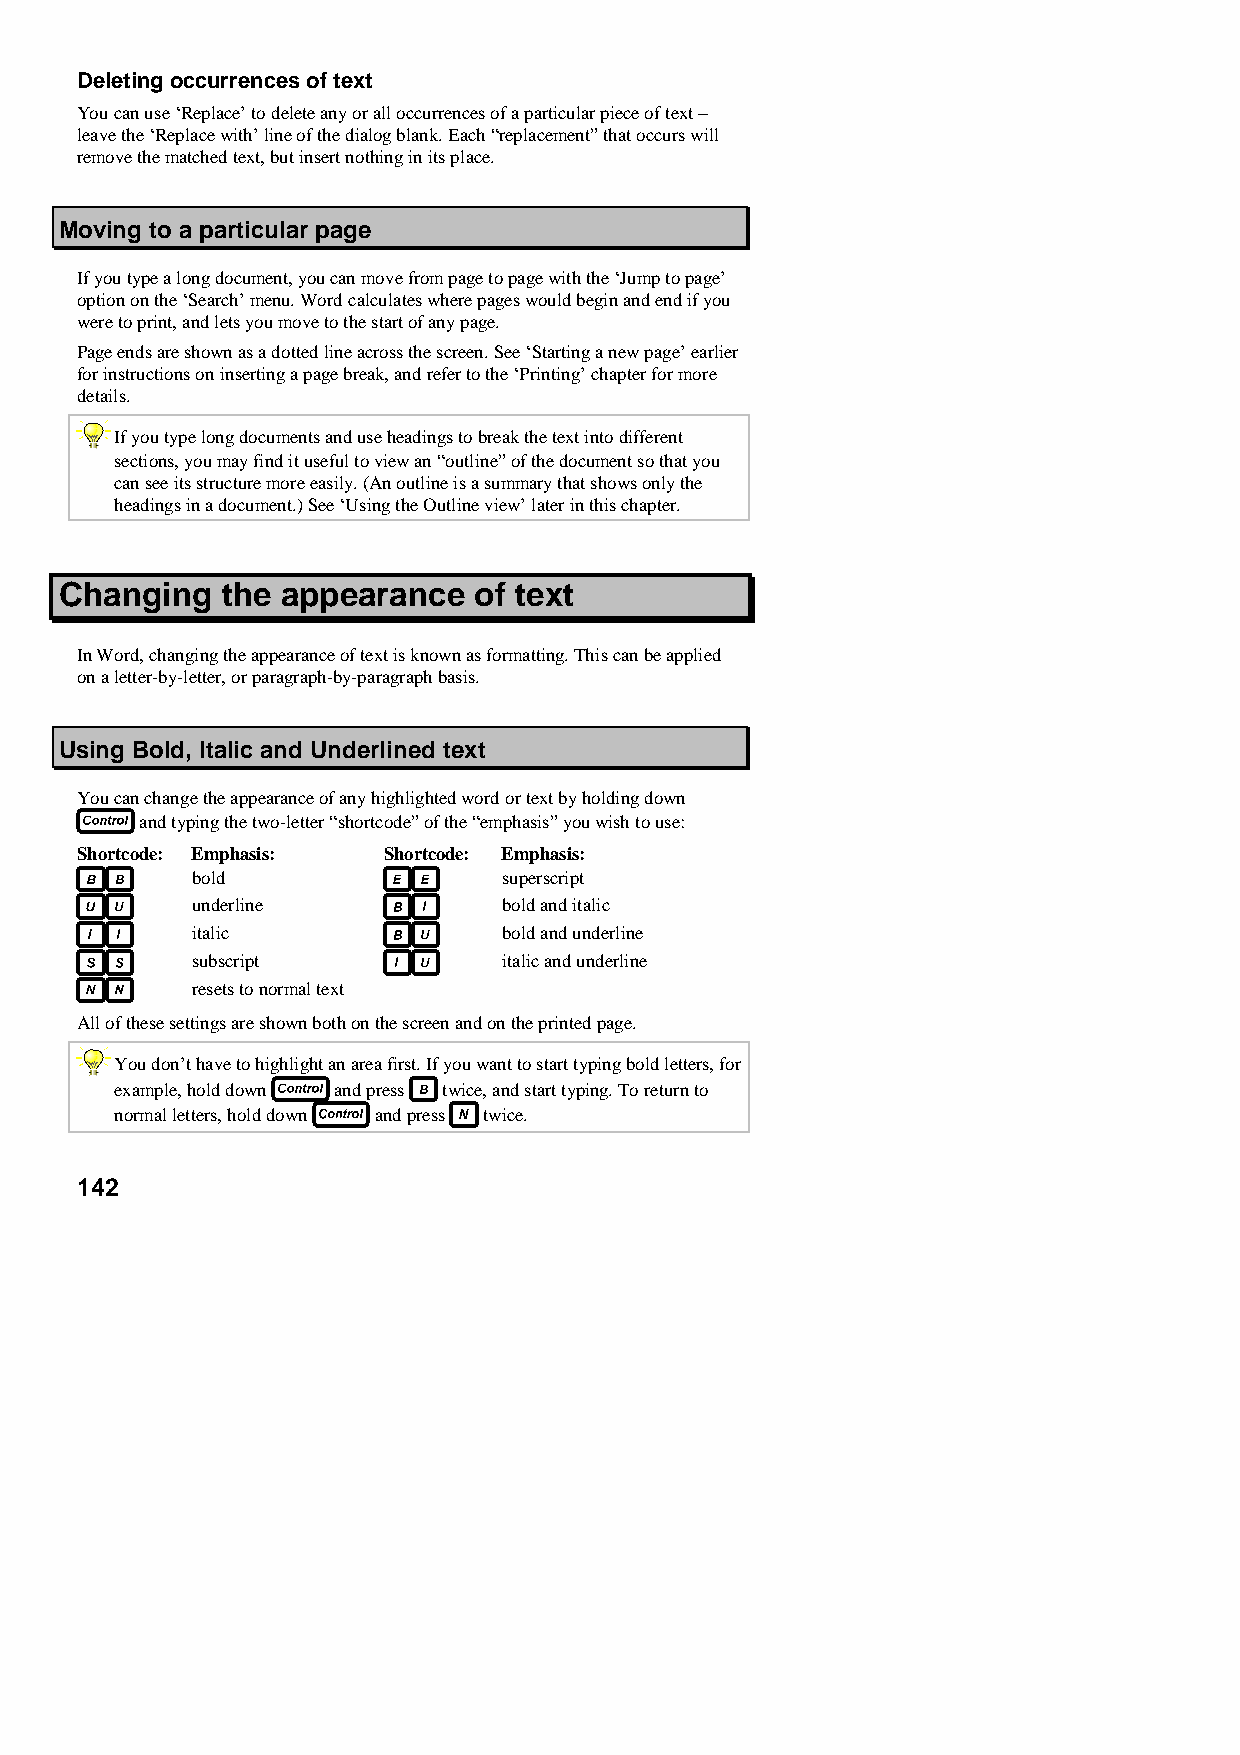
Deleting occurrences of text
 You can use ‘Replace’ to delete any or all occurrences of a particular piece of text −
 leave the ‘Replace with’ line of the dialog blank. Each “replacement” that occurs will
 remove the matched text, but insert nothing in its place.
 Moving to a particular page
 If you type a long document, you can move from page to page with the ‘Jump to page’
 option on the ‘Search’ menu. Word calculates where pages would begin and end if you
 were to print, and lets you move to the start of any page.
 Page ends are shown as a dotted line across the screen. See ‘Starting a new page’ earlier
 for instructions on inserting a page break, and refer to the ‘Printing’ chapter for more
 details.
 If you type long documents and use headings to break the text into different
 sections, you may find it useful to view an “outline” of the document so that you
 can see its structure more easily. (An outline is a summary that shows only the
 headings in a document.) See ‘Using the Outline view’ later in this chapter.
 Changing   the appearance  of text
 In Word, changing the appearance of text is known as formatting. This can be applied
 on a letter-by-letter, or paragraph-by-paragraph basis.
 Using Bold, Italic and Underlined text
 You can change the appearance of any highlighted word or text by holding down
 and typing the two-letter “shortcode” of the “emphasis” you wish to use:
 Shortcode: Emphasis: Shortcode: Emphasis:
 bold                superscript
 underline           bold and italic
 italic              bold and underline
 subscript           italic and underline
 resets to normal text
 All of these settings are shown both on the screen and on the printed page.
 You don’t have to highlight an area first. If you want to start typing bold letters, for
 example, hold down and press twice, and start typing. To return to
 normal letters, hold down and press twice.
 142